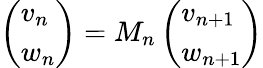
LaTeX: \left(\begin{array}{l}{v_{n}}\\ {w_{n}}\end{array}\right)=M_{n}\left(\begin{array}{l}{v_{n+1}}\\ {w_{n+1}}\end{array}\right)